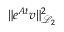
\| e ^ { \b { A } t } \b { v } \| _ { \mathcal { L } _ { 2 } } ^ { 2 }